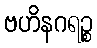
ဗဟိနဂရဉ္စ